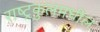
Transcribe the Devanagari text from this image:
राष्ट्रकुलमधील